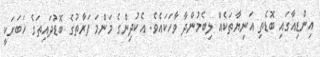
އިންޑިއާގައި ބޮޑެތި އަނިޔާތަކެއް ލިބެމުންދާ ވާހަކައެވެ. އެކުދިންގެ މަންމަ ފަރާތުގެ ބޮޑުދައިތަގެ ޚަބަރަކީ